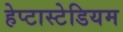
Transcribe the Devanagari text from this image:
हेप्टास्टेडियम